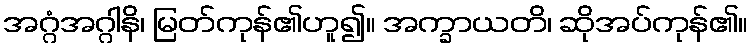
အဂ္ဂံအဂ္ဂါနိ၊ မြတ်ကုန်၏ဟူ၍။ အက္ခာယတိ၊ ဆိုအပ်ကုန်၏။